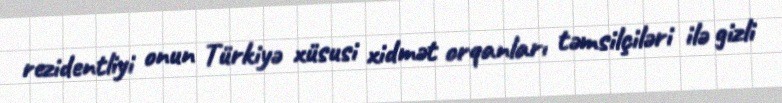
rezidentliyi onun Türkiyə xüsusi xidmət orqanları təmsilçiləri ilə gizli